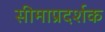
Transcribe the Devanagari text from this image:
सीमाप्रदर्शक